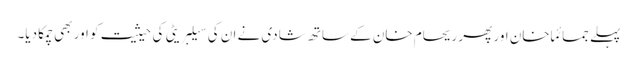
پہلے جمائما خان اور پھر ریحام خان کے ساتھ شادی نے ان کی سیلبریٹی کی حیثیت کو اور بھی چمکا دیا۔